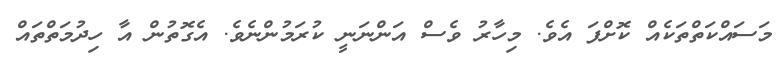
މަސައްކަތްތަކެއް ކޮށްފަ އެވެ. މިހާރު ވެސް އަންނަނީ ކުރަމުންނެވެ. އެގޮތުން އާ ހިދުމަތްތައް